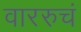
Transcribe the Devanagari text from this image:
वाररुचं